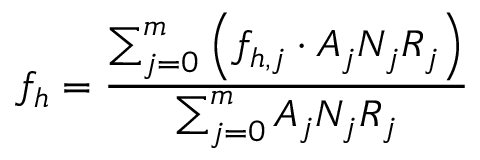
f _ { h } = \frac { \sum _ { j = 0 } ^ { m } \left( f _ { h , j } \cdot A _ { j } N _ { j } R _ { j } \right) } { \sum _ { j = 0 } ^ { m } A _ { j } N _ { j } R _ { j } }